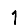
Digit: 1